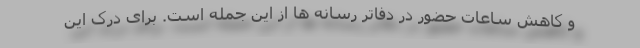
و کاهش ساعات حضور در دفاتر رسانه ها از این جمله است. برای درک این